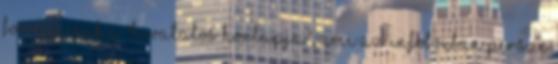
forrás csak a "hivatalos honlapja", ami az infoboxban persze